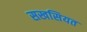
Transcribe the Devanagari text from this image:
सखसियत